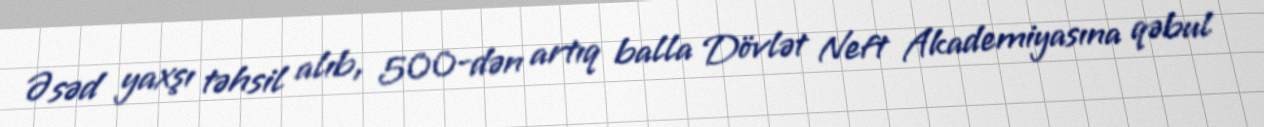
Əsəd yaxşı təhsil alıb, 500-dən artıq balla Dövlət Neft Akademiyasına qəbul